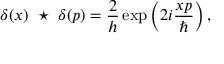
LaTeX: \delta ( x ) ~ \star ~ \delta ( p ) = { \frac { 2 } { h } } \exp \left( 2 i { \frac { x p } { \hbar } } \right) ,